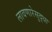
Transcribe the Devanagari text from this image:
लावणारेसुद्धा